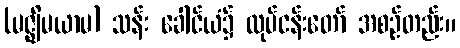
(မဇ္ဈိမယာမ) သန်း ခေါင်ယံ၌ လုပ်ငန်းတော် အစဉ်တည်း။